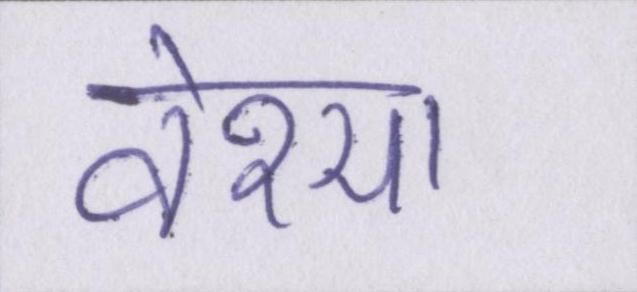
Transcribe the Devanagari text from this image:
वेश्या